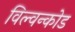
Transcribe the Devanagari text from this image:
विल्वन्कोड